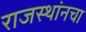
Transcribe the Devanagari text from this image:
राजस्थांनचा